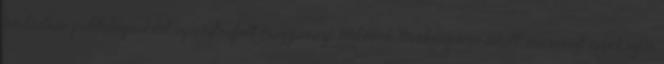
médiában politológusként aposztrofált magyarázó emberek tevékenysége miatt, másrészt igyekszem